Leaving Certificate Examination (including Day School Certificate (Higher) General paper), 1935
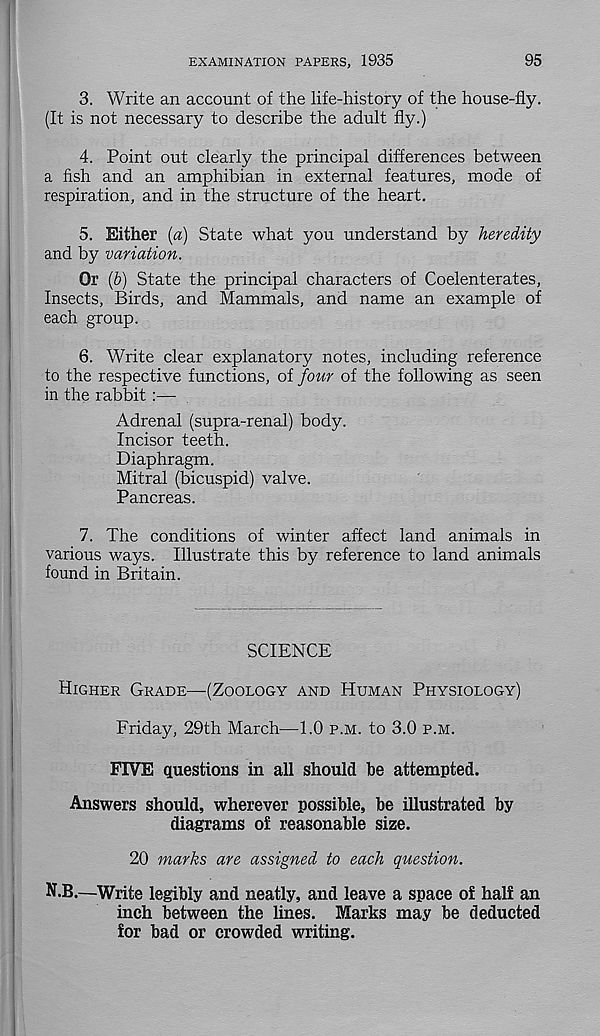
EXAMINATION PAPERS, 1935
95
3. Write an account of the life-history of the house-fly.
(It is not necessary to describe the adult fly.)
4. Point out clearly the principal differences between
a fish and an amphibian in external features, mode of
respiration, and in the structure of the heart.
5. Either [a] State what you understand by heredity
and by variation.
Or (h) State the principal characters of Coelenterates,
Insects, Birds, and Mammals, and name an example of
each group.
6. Write clear explanatory notes, including reference
to the respective functions, of four of the following as seen
in the rabbit :—
Adrenal (supra-renal) body.
Incisor teeth.
Diaphragm.
Mitral (bicuspid) valve.
Pancreas.
7. The conditions of winter affect land animals in
various ways. Illustrate this by reference to land animals
found in Britain.
SCIENCE
Higher Grade—(Zoology and Human Physiology)
Friday, 29th March—1.0 p.m. to 3.0 p.m.
FIVE questions in all should he attempted.
Answers should, wherever possible, be illustrated by
diagrams of reasonable size.
20 marks are assigned to each question.
N.B.—Write legibly and neatly, and leave a space of half an
inch between the lines. Marks may be deducted
for bad or crowded writing.